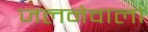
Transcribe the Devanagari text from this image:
जलनेवाला